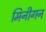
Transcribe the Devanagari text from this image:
मिनीगन